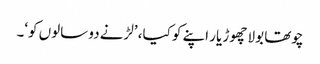
چوتھا بولا چھوڑ یار اپنے کو کیا، ’لڑنے دو سالوں کو‘۔